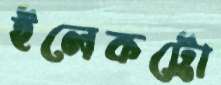
ইলেকট্রো